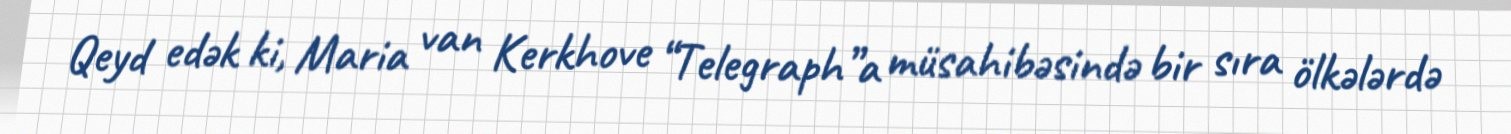
Qeyd edək ki, Maria van Kerkhove “Telegraph”a müsahibəsində bir sıra ölkələrdə